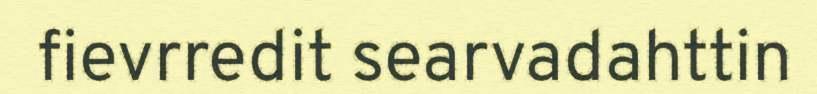
fievrredit searvadahttin